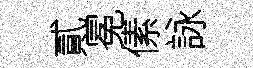
貳冕傃詠